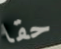
حقا